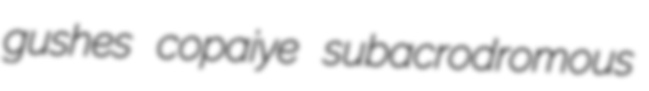
gushes copaiye subacrodromous